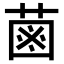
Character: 𦳊